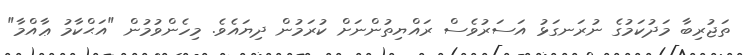
ތަޖުރިބާ މަދުކަމުގެ ނުރަނގަޅު އަސަރުވެސް ރައްޔިތުންނަށް ކުރަމުން ދިޔައެވެ. މިހެންވުމުން "އަޙްކާމު ޢާއްމާ"